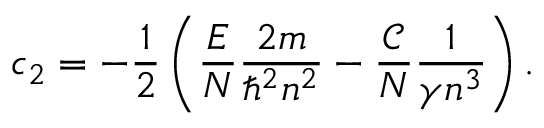
c _ { 2 } = - \frac { 1 } { 2 } \left( \frac { E } { N } \frac { 2 m } { \hbar ^ { 2 } n ^ { 2 } } - \frac { \mathcal { C } } { N } \frac { 1 } { \gamma n ^ { 3 } } \right) .